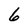
Character: 6